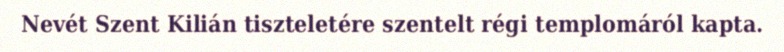
Nevét Szent Kilián tiszteletére szentelt régi templomáról kapta.